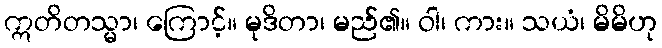
ဣတိတသ္မာ၊ ကြောင့်။ မုဒိတာ၊ မည်၏။ ဝါ၊ ကား။ သယံ၊ မိမိဟု